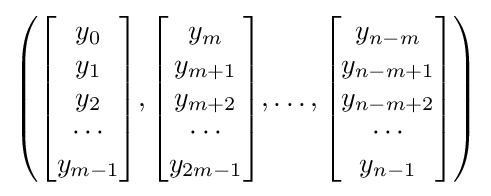
\left({\begin{bmatrix}y_{0}\\y_{1}\\y_{2}\\\cdots \\y_{m-1}\end{bmatrix}},{\begin{bmatrix}y_{m}\\y_{m+1}\\y_{m+2}\\\cdots \\y_{2m-1}\end{bmatrix}},\ldots ,{\begin{bmatrix}y_{n-m}\\y_{n-m+1}\\y_{n-m+2}\\\cdots \\y_{n-1}\end{bmatrix}}\right)